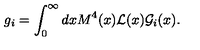
g _ { i } = \int _ { 0 } ^ { \infty } d x M ^ { 4 } ( x ) { \cal L } ( x ) { \cal G } _ { i } ( x ) .